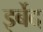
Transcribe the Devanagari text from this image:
इर्बेद